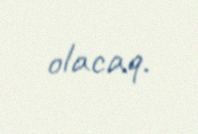
olacaq.